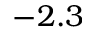
- 2 . 3